Statistics compiled by the Government of India from the reports of provincial Civil Veterinary Departments
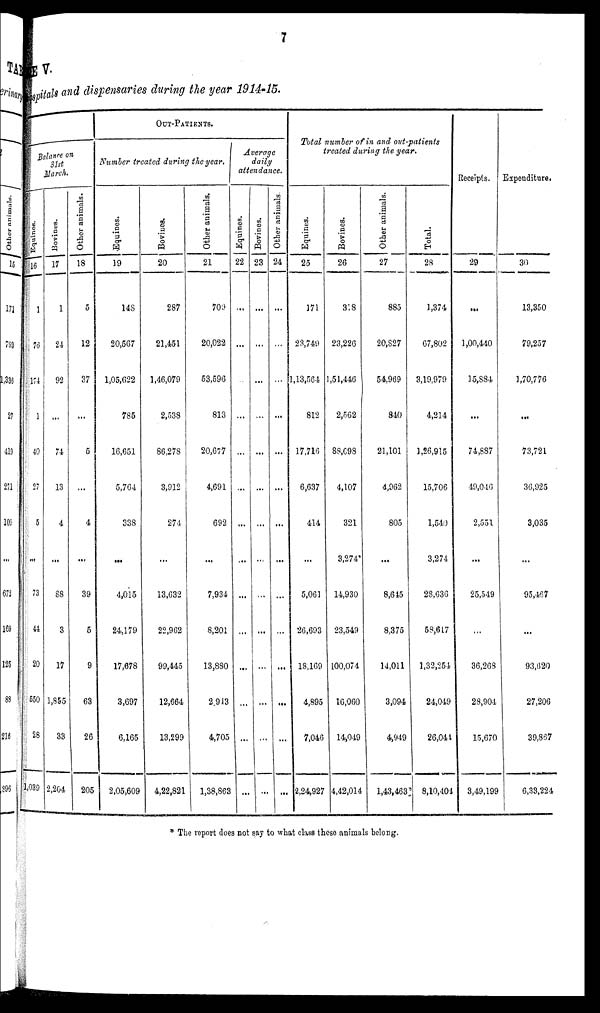
7
TABLE V.
Hospitals and dispensaries during the year 1914-15.
Balance on
31st
March..
Equines.
16
1
76
174
1
40
27
5
...
73
44
20
550
28
1,039
Bovines.
17
1
24
92
...
74
13
4
...
88
3
17
1,855
33
2,204
Other animals.
18
5
12
37
...
6
...
4
...
39
5
9
63
26
205
OUT-PATIENTS.
Number treated during the year.
Equities.
19
148
20,567
1,05,622
785
16,651
5,764
338
...
4,015
24,179
17,678
3,697
6,165
2,05,609
Bovines.
20
287
21,451
1,46,079
2,538
86,278
3,912
274
...
13,632
22,962
99,445
12,664
13,299
4,22,821
Other animals.
21
709
20,022
53,596
813
20,677
4,691
692
...
7,934
8,201
13,880
2,943
4,705
1,38,863
Average
daily
attendance.
Equines.
22
...
...
...
...
...
...
...
...
...
...
...
...
...
...
Bovines.
23
...
...
...
...
...
...
...
...
...
...
...
...
...
...
Other animals.
24
...
...
...
...
...
...
...
...
...
...
...
...
...
...
Total number of in and out-patients
treated during the year.
Equines.
25
171
23,749
1,13,564
812
17,716
6,637
414
...
5,061
26,693
18,169
4,895
7,046
2,24,927
Bovines.
26
318
23,226
1,51,446
2,562
88,698
4,107
321
3,274
14,930
23,549
100,074
16,060
14,049
4,42,014
Other animals.
27
885
20,827
54,969
840
21,101
4,962
805
...
8,645
8,375
14,011
3,094
4,949
1,43,463
Total.
28
1,374
67,802
3,19,979
4,214
1,26,915
15,706
1,540
3,274
28,636
58,617
1,32,254
24,049
26,044
8,10,404
Receipts.
29
...
1,00,440
15,884
...
74,887
49,046
2,551
...
25,549
...
36,268
28,904
15,670
3,49,199
Expenditure.
30
13,350
79,257
1,70,776
...
73,721
36,925
3,035
...
95,467
...
93,620
27,206
39,867
6,33,224
* The report does not say to what class these animals belong.